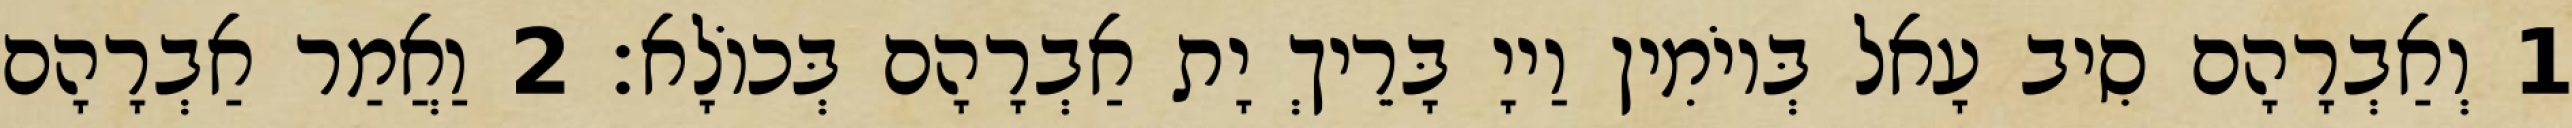
1 וְאַבְרָהָם סִיב עָאל בְּיוֹמִין וַייָ בָּרֵיךְ יָת אַבְרָהָם בְּכוֹלָא׃ 2 וַאֲמַר אַבְרָהָם